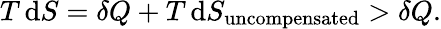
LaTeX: T\, \mathrm{d}S=\delta Q+T\, \mathrm{d}S_{\mathrm{uncompensated}}>\delta Q.